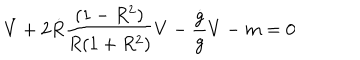
\dot { V } + 2 \dot { R } { \frac { ( 1 - R ^ { 2 } ) } { R ( 1 + R ^ { 2 } ) } } V - { \frac { \dot { g } } { g } } V - m = 0